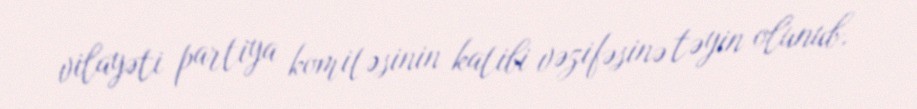
vilayəti partiya komitəsinin katibi vəzifəsinə təyin olunub.